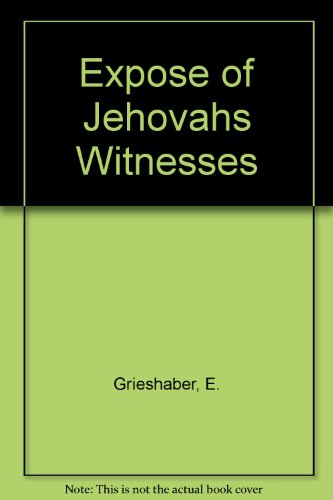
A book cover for Expose of Jehovahs Witnesses; E. Grieshaber; Christian Books & Bibles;